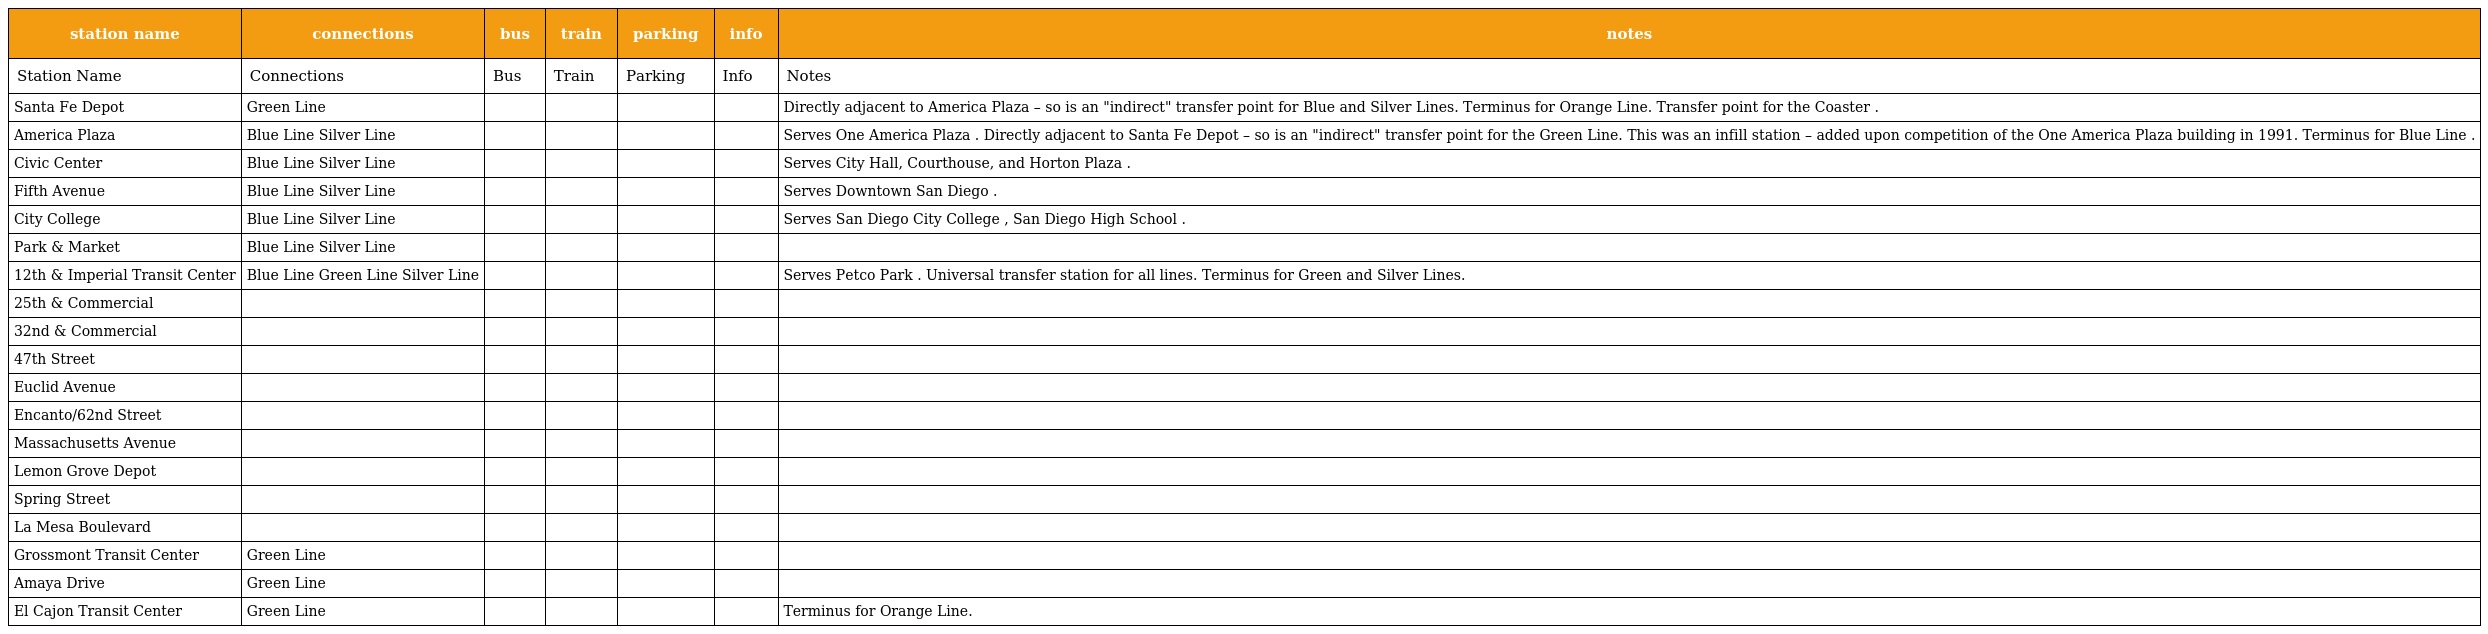
| station name | connections | bus | train | parking | info | notes |
 | --- | --- | --- | --- | --- | --- | --- |
 | Station Name | Connections | Bus | Train | Parking | Info | Notes |
 | Santa Fe Depot | Green Line |  |  |  |  | Directly adjacent to America Plaza – so is an "indirect" transfer point for Blue and Silver Lines. Terminus for Orange Line. Transfer point for the Coaster . |
 | America Plaza | Blue Line Silver Line |  |  |  |  | Serves One America Plaza . Directly adjacent to Santa Fe Depot – so is an "indirect" transfer point for the Green Line. This was an infill station – added upon competition of the One America Plaza building in 1991. Terminus for Blue Line . |
 | Civic Center | Blue Line Silver Line |  |  |  |  | Serves City Hall, Courthouse, and Horton Plaza . |
 | Fifth Avenue | Blue Line Silver Line |  |  |  |  | Serves Downtown San Diego . |
 | City College | Blue Line Silver Line |  |  |  |  | Serves San Diego City College , San Diego High School . |
 | Park & Market | Blue Line Silver Line |  |  |  |  |  |
 | 12th & Imperial Transit Center | Blue Line Green Line Silver Line |  |  |  |  | Serves Petco Park . Universal transfer station for all lines. Terminus for Green and Silver Lines. |
 | 25th & Commercial |  |  |  |  |  |  |
 | 32nd & Commercial |  |  |  |  |  |  |
 | 47th Street |  |  |  |  |  |  |
 | Euclid Avenue |  |  |  |  |  |  |
 | Encanto/62nd Street |  |  |  |  |  |  |
 | Massachusetts Avenue |  |  |  |  |  |  |
 | Lemon Grove Depot |  |  |  |  |  |  |
 | Spring Street |  |  |  |  |  |  |
 | La Mesa Boulevard |  |  |  |  |  |  |
 | Grossmont Transit Center | Green Line |  |  |  |  |  |
 | Amaya Drive | Green Line |  |  |  |  |  |
 | El Cajon Transit Center | Green Line |  |  |  |  | Terminus for Orange Line. |